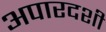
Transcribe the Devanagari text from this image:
अपारदशी